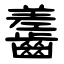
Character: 齹